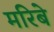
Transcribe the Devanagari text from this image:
मरिबे